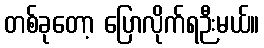
တစ်ခုတော့ ပြောလိုက်ရဉီးမယ်။